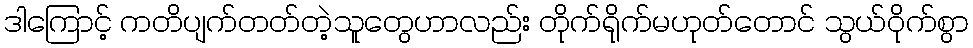
ဒါကြောင့် ကတိပျက်တတ်တဲ့သူတွေဟာလည်း တိုက်ရိုက်မဟုတ်တောင် သွယ်ဝိုက်စွာ